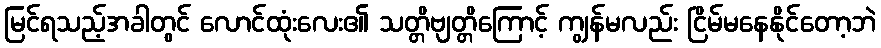
မြင်ရသည့်အခါတွင် လောင်ထုံးလေး၏ သတ္တိဗျတ္တိကြောင့် ကျွန်မလည်း ငြိမ်မနေနိုင်တော့ဘဲ